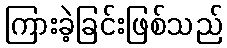
ကြားခဲ့ခြင်းဖြစ်သည်